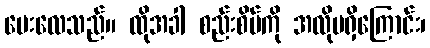
မေးလေသည်။ ထိုအခါ စည်းစိမ်ကို အလိုမရှိကြောင်း၊